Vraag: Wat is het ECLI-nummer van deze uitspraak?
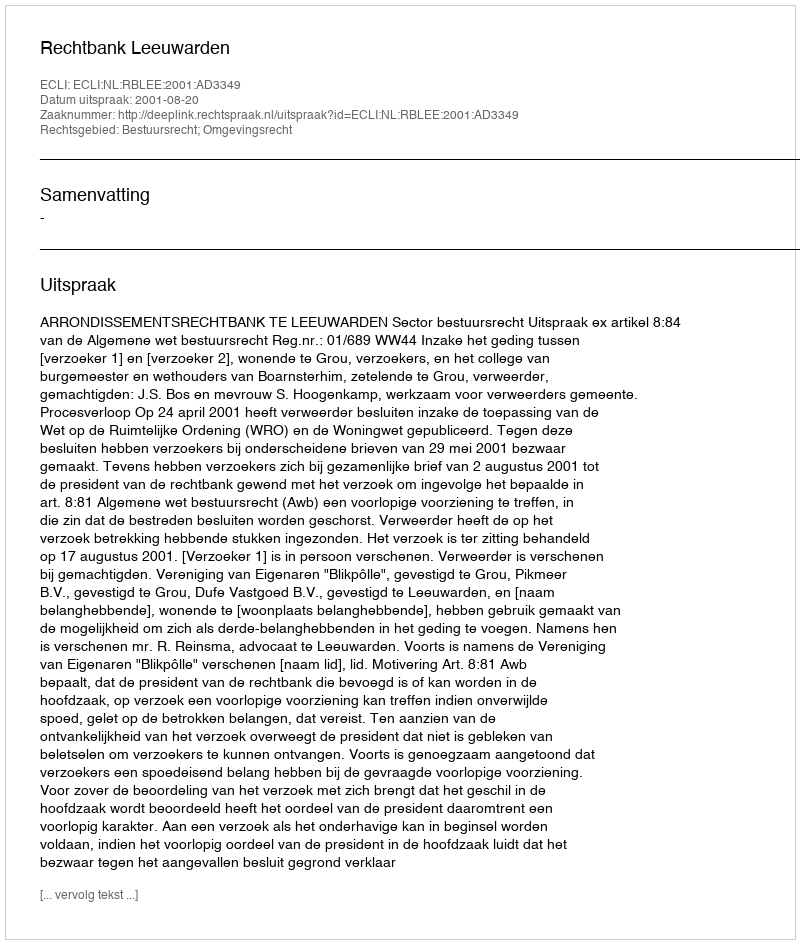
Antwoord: ECLI:NL:RBLEE:2001:AD3349